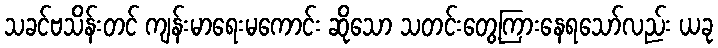
သခင်ဗသိန်းတင် ကျန်းမာရေးမကောင်း ဆိုသော သတင်းတွေ့ကြားနေရသော်လည်း ယခု